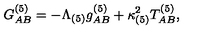
G _ { A B } ^ { ( 5 ) } = - \Lambda _ { ( 5 ) } g _ { A B } ^ { ( 5 ) } + \kappa _ { ( 5 ) } ^ { 2 } T _ { A B } ^ { ( 5 ) } ,